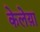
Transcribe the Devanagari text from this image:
केलेय़ा